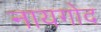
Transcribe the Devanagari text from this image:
नायगोद